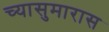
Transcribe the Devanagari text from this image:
च्यासुमारास